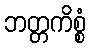
ဘတ္တကိစ္စံ